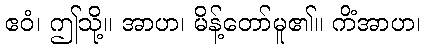
ဧဝံ၊ ဤသို့။ အာဟ၊ မိန့်တော်မူ၏။ ကိံအာဟ၊